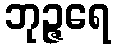
ဘုဉ္ဇရေ